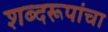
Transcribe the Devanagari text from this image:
शब्दरूपांचा